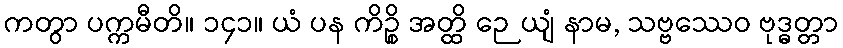
ကတွာ ပက္ကမီတိ။ ၁၄၁။ ယံ ပန ကိဉ္စိ အတ္ထိ ဉေယျံ နာမ, သဗ္ဗဿေဝ ဗုဒ္ဓတ္တာ